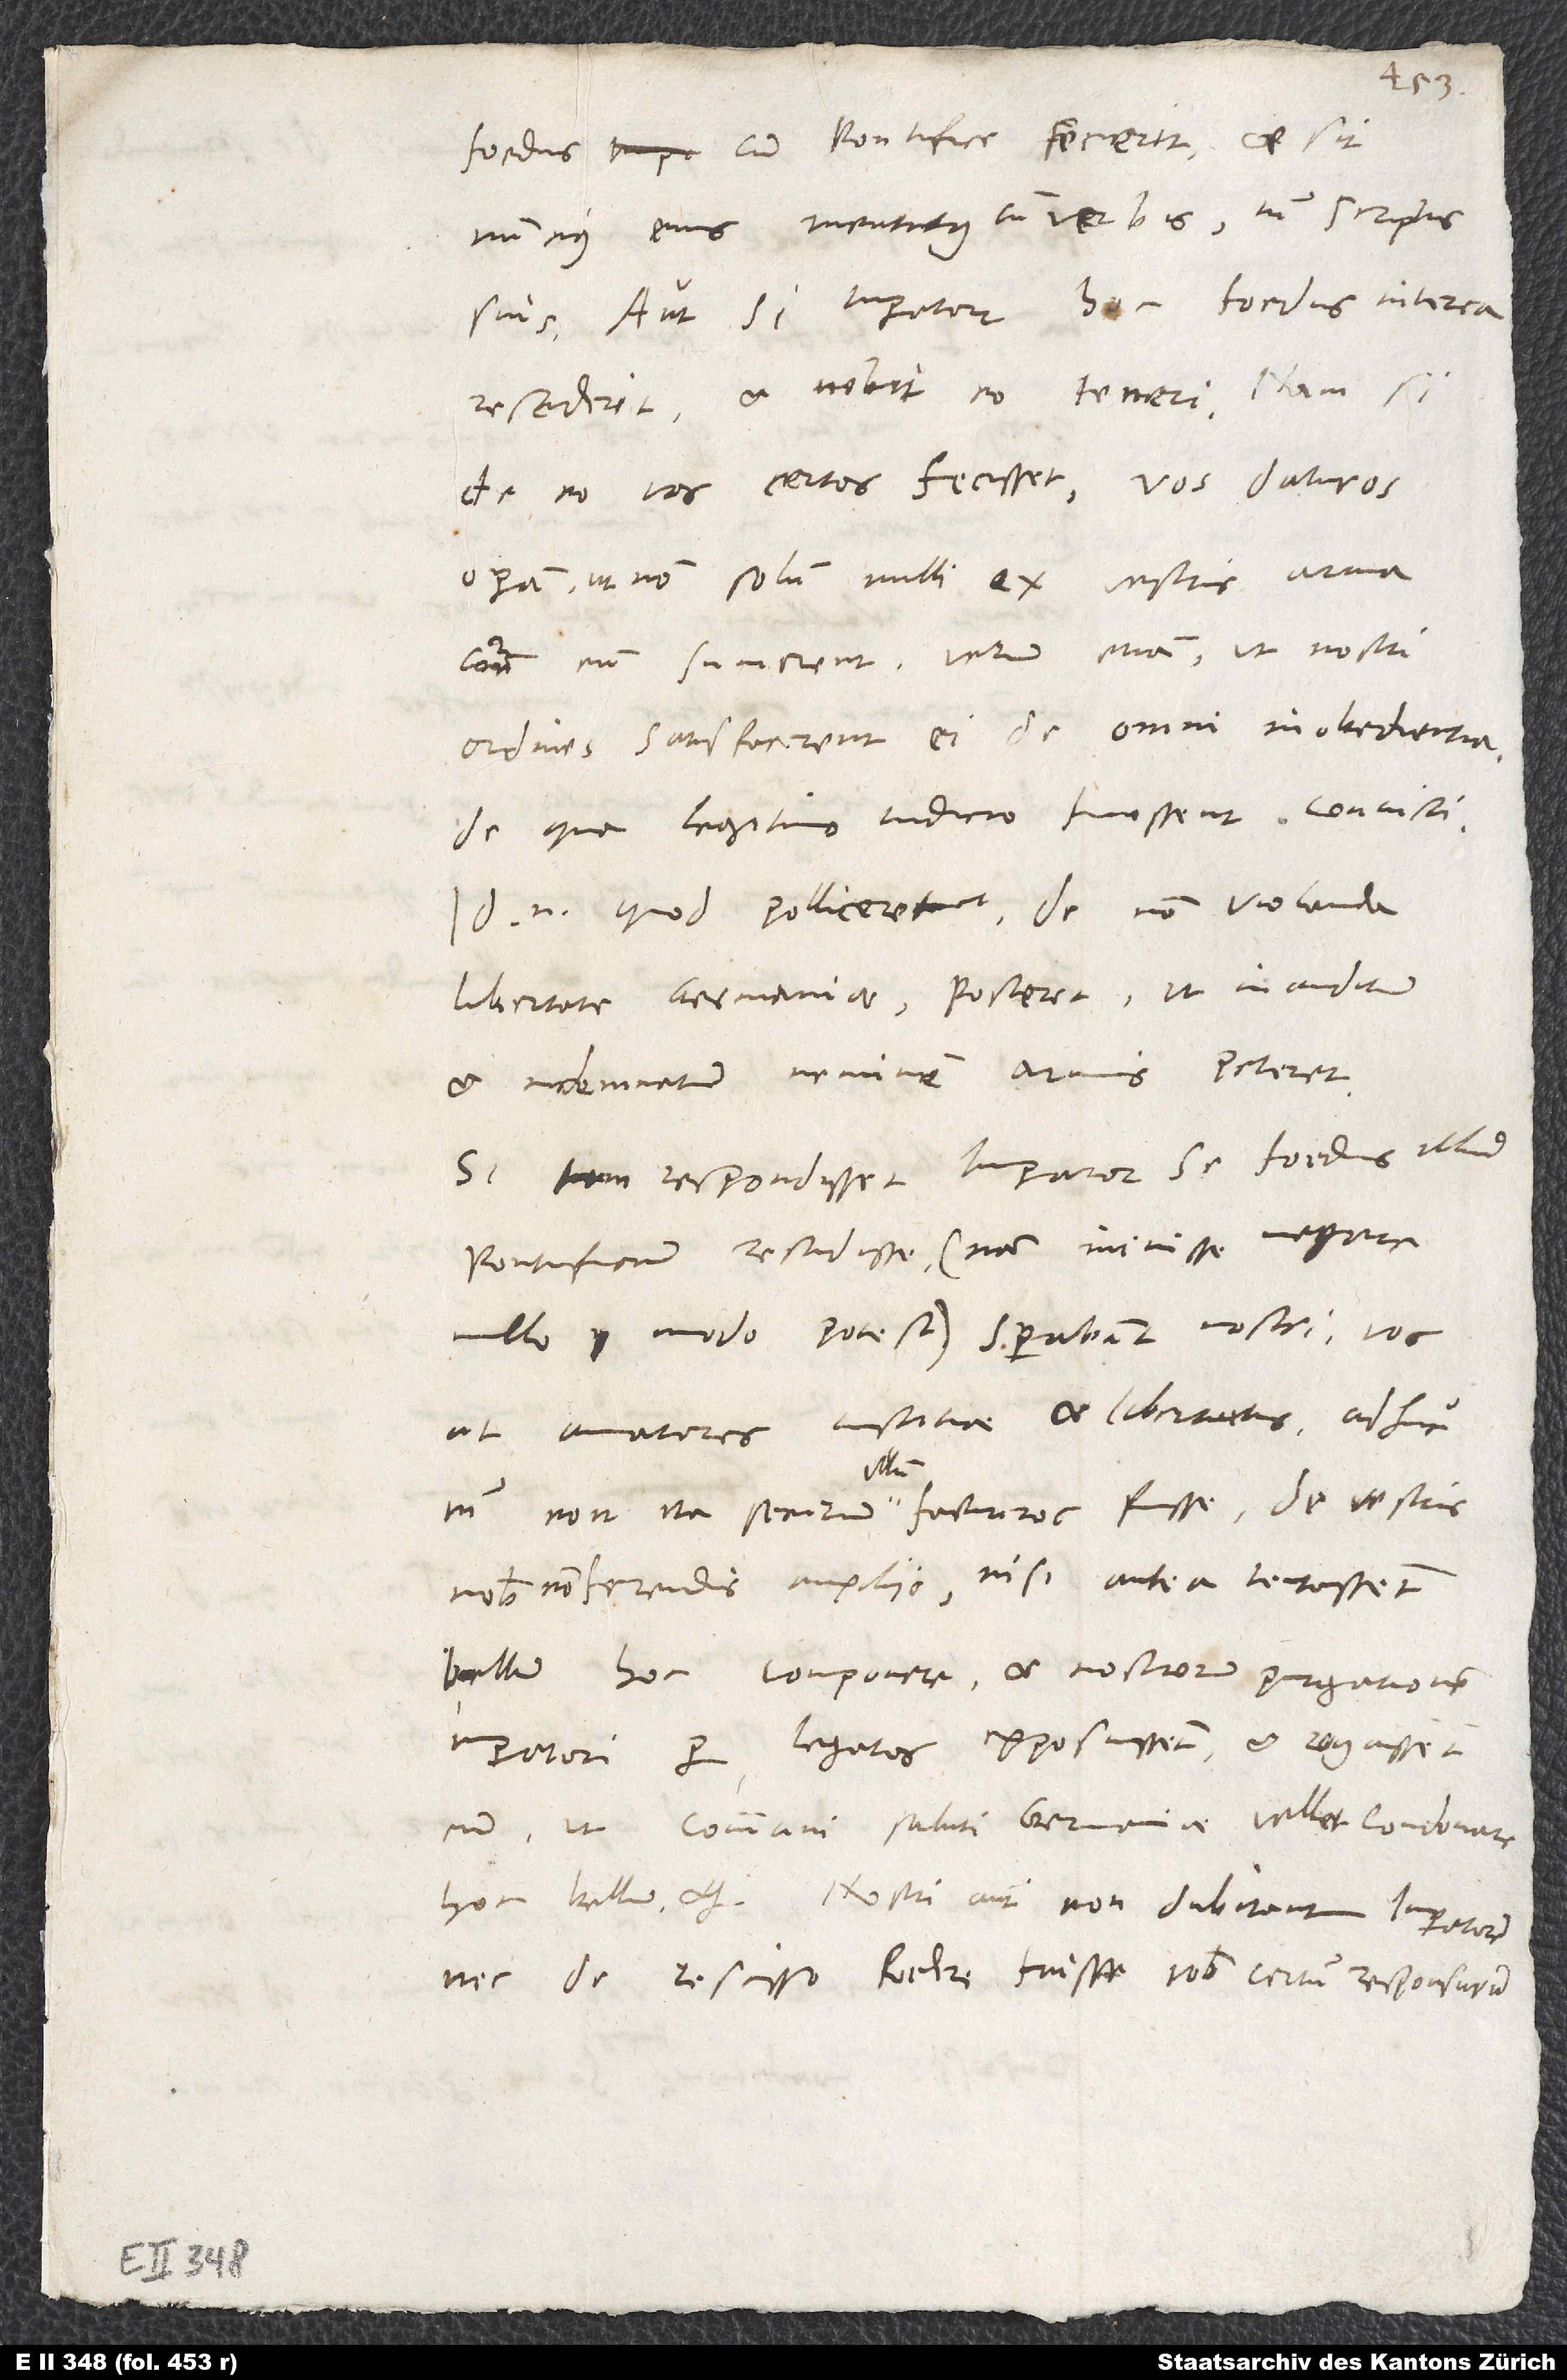
foedus cum pontifice fecerit (et sit
nuncius eius mentitus cum verbis tum scriptis
suis) aut si imperator hoc foedus interea
resciderit et nolit eo teneri; nam si
de eo vos certos fecisset, vos daturos
operam, ut non solum nulli ex vestris arma
contra eum sumerent, verum etiam ut nostri
ordines satisfacerent ei de omni inobedientia,
de qua legitimo iudicio fuissent convicti.
Id enim, quod polliceretur de non violanda
libertate Germaniae, posceret, ut inauditum
et indemnatum neminem armis peteret.
Si non respondi sset imperator se foedus illud
pontificium rescidisse (nam inivisse negare
nullo modo potest), sperabant nostri vos,
ut amatores iustitiae et libertatis, adhuc
nobis non ferendis auxiliis, nisi antea tentassent
bellum hoc componere et nostrorum purgationem
imperatori per legatos exposuissent, et rogassent
eum, ut communi saluti Germaniae vellet condonare
hoc bellum, etc. Nostri autem non dubitant imperatorem
nec de rescisso foedere fuisse vobis certum responsurum,